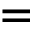
=